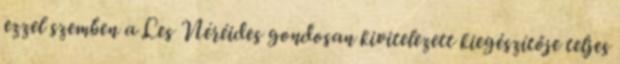
ezzel szemben a Les Néréides gondosan kivitelezett kiegészítője teljes